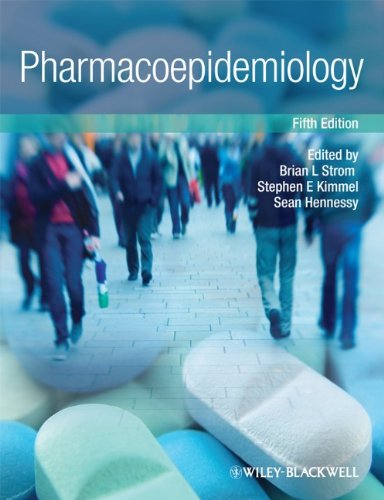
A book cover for Pharmacoepidemiology; Medical Books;